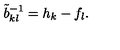
\tilde { b } _ { k l } ^ { - 1 } = h _ { k } - f _ { l } .